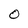
Character: O